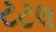
ટટલ